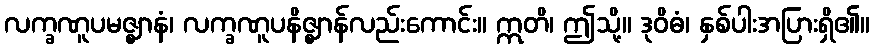
လက္ခဏူပမဇ္ဈာနံ၊ လက္ခဏူပနိဇ္ဈာန်လည်းကောင်း။ ဣတိ၊ ဤသို့။ ဒုဝိဓံ၊ နှစ်ပါးအပြားရှိ၏။